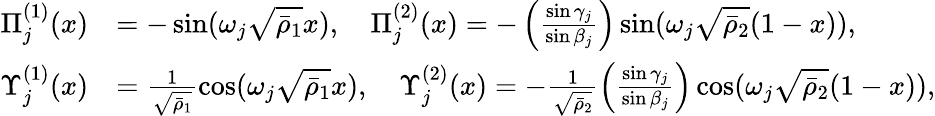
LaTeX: \begin{array}{rl}{\Pi_{j}^{(1)}(x)}&{=-\sin(\omega_{j}\sqrt{\bar{\rho}_{1}}x),\quad\Pi_{j}^{(2)}(x)=-\left(\frac{\sin\gamma_{j}}{\sin\beta_{j}}\right)\sin(\omega_{j}\sqrt{\bar{\rho}_{2}}(1-x)),}\\ {\Upsilon_{j}^{(1)}(x)}&{=\frac{1}{\sqrt{\bar{\rho}_{1}}}\cos(\omega_{j}\sqrt{\bar{\rho}_{1}}x),\quad\Upsilon_{j}^{(2)}(x)=-\frac{1}{\sqrt{\bar{\rho}_{2}}}\left(\frac{\sin\gamma_{j}}{\sin\beta_{j}}\right)\cos(\omega_{j}\sqrt{\bar{\rho}_{2}}(1-x)),}\end{array}